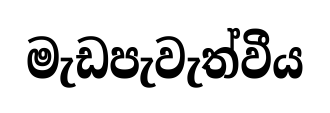
මැඩපැවැත්වීය